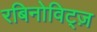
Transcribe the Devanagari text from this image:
रबिनोविट्ज़